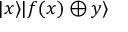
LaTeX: | x \rangle | f ( x ) \oplus y \rangle